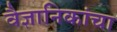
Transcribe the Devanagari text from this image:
वैज्ञानिकांचा